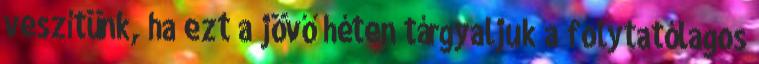
veszítünk, ha ezt a jövő héten tárgyaljuk a folytatólagos